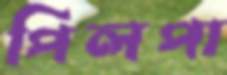
পিলপা